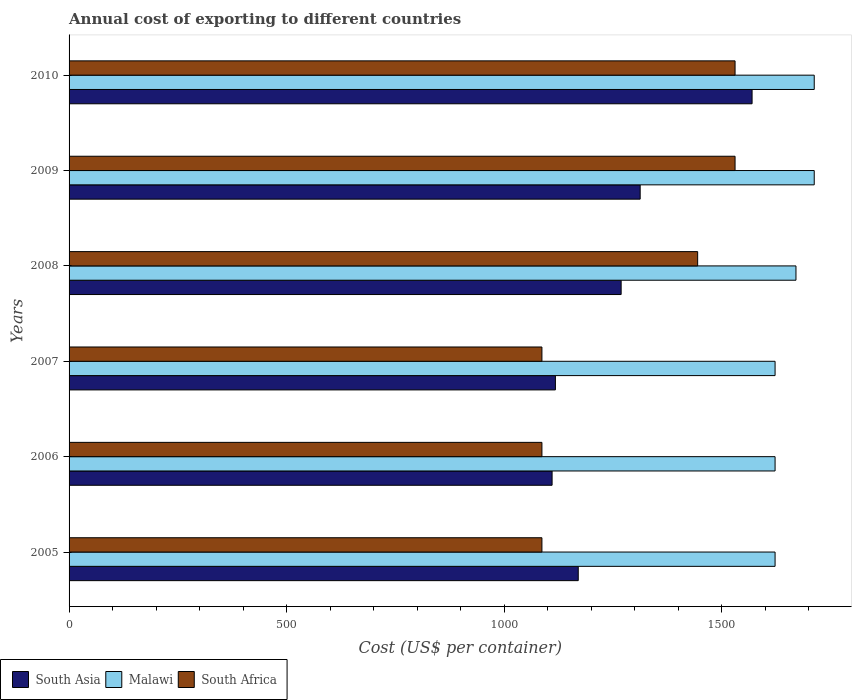
| Years | South Asia | Malawi | South Africa |
 | --- | --- | --- | --- |
 | 2005 | 1.17e+03 | 1.62e+03 | 1.09e+03 |
 | 2006 | 1.11e+03 | 1.62e+03 | 1.09e+03 |
 | 2007 | 1.12e+03 | 1.62e+03 | 1.09e+03 |
 | 2008 | 1.27e+03 | 1.67e+03 | 1.44e+03 |
 | 2009 | 1.31e+03 | 1.71e+03 | 1.53e+03 |
 | 2010 | 1.57e+03 | 1.71e+03 | 1.53e+03 |